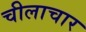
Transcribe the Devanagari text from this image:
चीलाचार